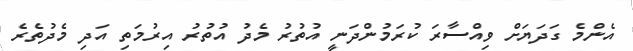
އެންމެ ގަދަޔަށް ވިއްސާރަ ކުރަމުންދަނީ އުތުރު މެދު އުތުރު އިރުމަތި އަދި މެދުތެރެ